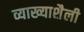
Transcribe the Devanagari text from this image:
व्याख्याशैली